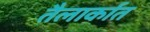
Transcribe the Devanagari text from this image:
तैलार्कात